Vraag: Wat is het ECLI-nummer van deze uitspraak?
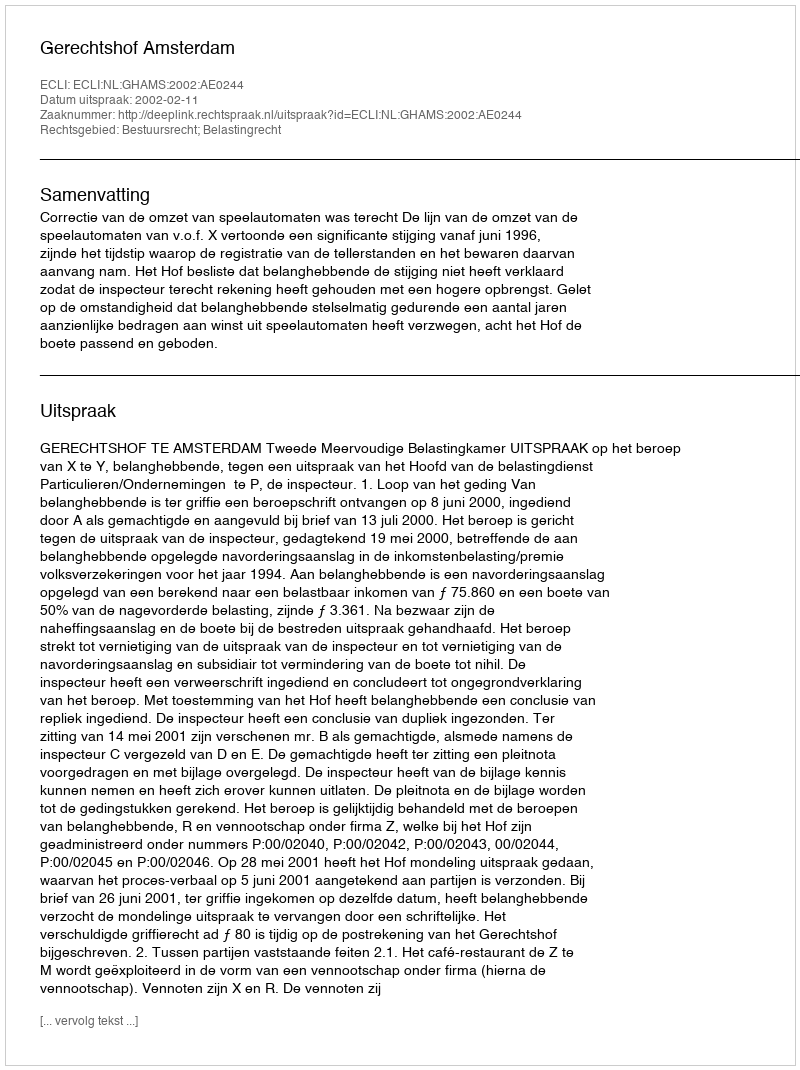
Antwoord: ECLI:NL:GHAMS:2002:AE0244